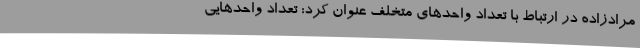
مرادزاده در ارتباط با تعداد واحدهای متخلف عنوان کرد: تعداد واحدهایی